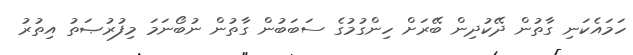
ހަމައެކަނި ގާތުން ދޭކުދިން ބޭރަށް ހިންގުމުގެ ސަބަބުން ގާތުން ނުބޯނަމަ މިފުރުޞަތު އިތުރު